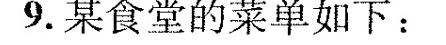
9.某食堂的菜单如下：